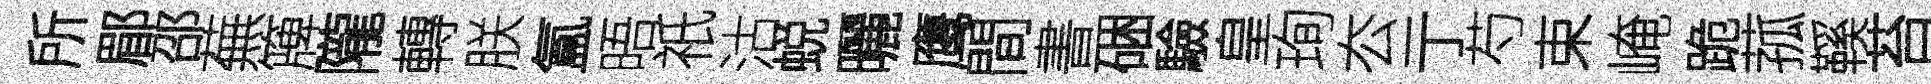
所郿邵蕪簰隴轉朕氲晤祇沽蜕曬鹰間書硱驗皇珣厺亍芍束崦跪菰鞵苔